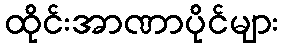
ထိုင်းအာဏာပိုင်များ